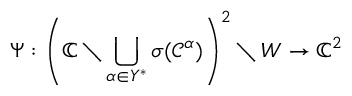
\Psi : \left( \mathbb { C } \setminus \bigcup _ { \alpha \in Y ^ { * } } \sigma ( \mathcal { C } ^ { \alpha } ) \right) ^ { 2 } \setminus W \rightarrow \mathbb { C } ^ { 2 }